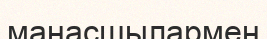
манасшылармен